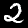
Label: 2